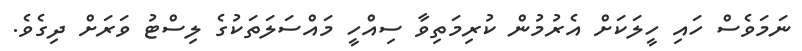
ނަމަވެސް ހައި ހީލަކަށް އެރުމުން ކުރިމަތިވާ ސިއްހީ މައްސަލަތަކުގެ ލިސްޓު ވަރަށް ދިގެވެ.